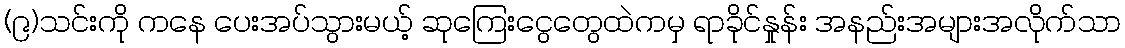
(၉)သင်းကို ကနေ ပေးအပ်သွားမယ့် ဆုကြေးငွေတွေထဲကမှ ရာခိုင်နှုန်း အနည်းအများအလိုက်သာ